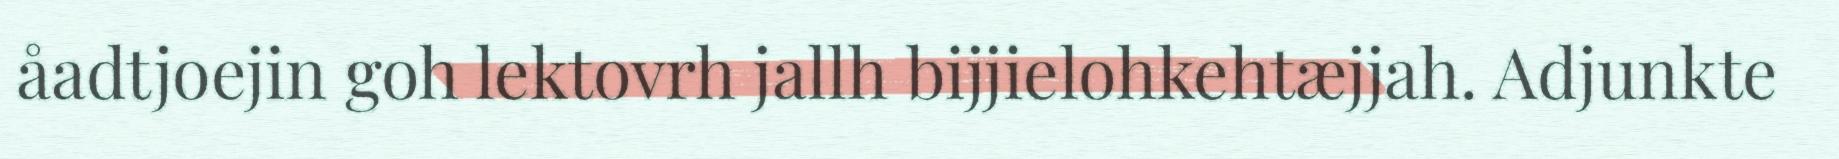
åadtjoejin goh lektovrh jallh bijjielohkehtæjjah. Adjunkte